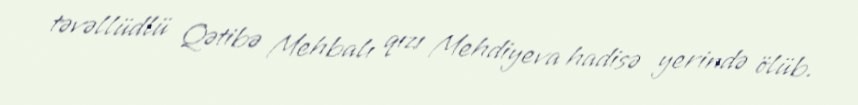
təvəllüdlü Qətibə Mehbalı qızı Mehdiyeva hadisə yerində ölüb.